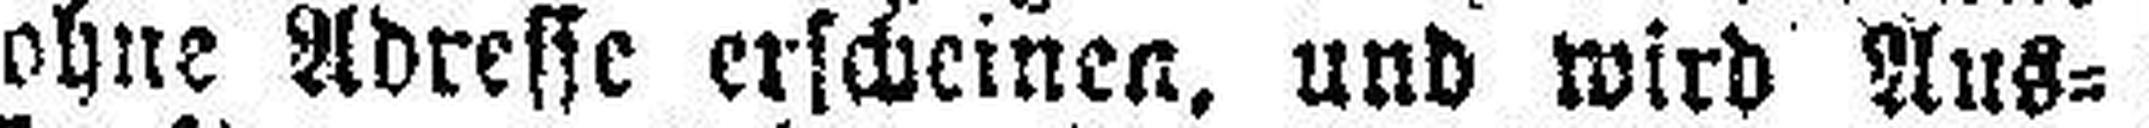
ohne Adresse erscheinen, und wird Aus¬